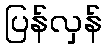
ပြန်လှန်